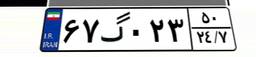
۱۰گ۷۴۴۳۸